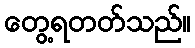
တွေ့ရတတ်သည်။